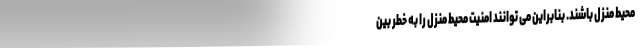
محیط منزل باشند. بنابراین می توانند امنیت محیط منزل را به خطر بین